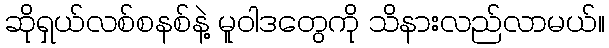
ဆိုရှယ်လစ်စနစ်နဲ့ မူဝါဒတွေကို သိနားလည်လာမယ်။